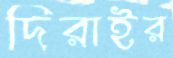
দিরাইর